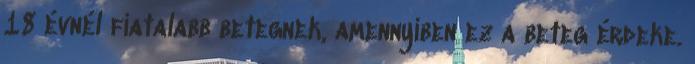
18 évnél fiatalabb betegnek, amennyiben ez a beteg érdeke.